Vaccination in Bombay 1889-1901 - 1889-1901
Year: 1889
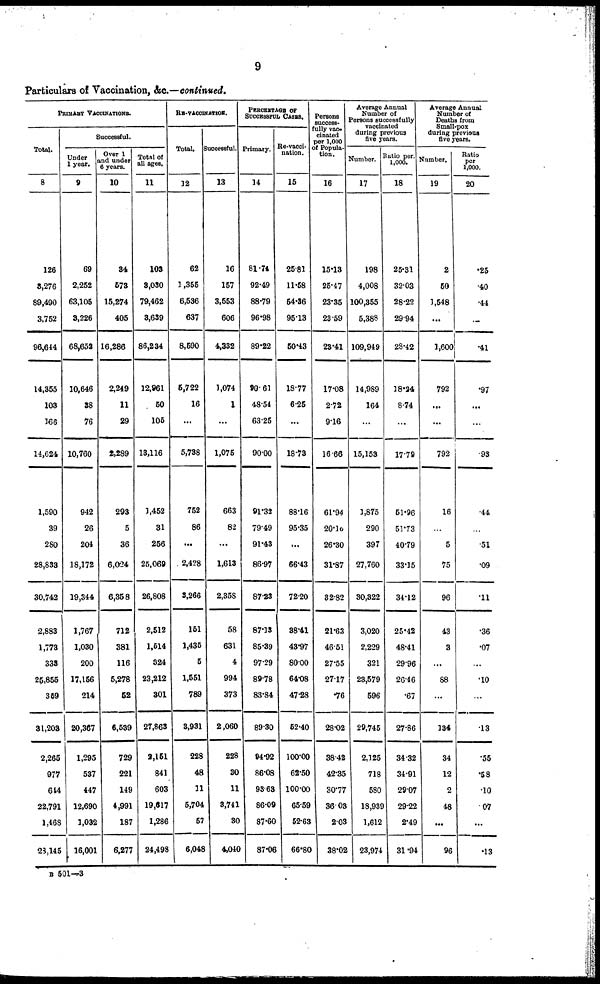
9
Particulars of Vaccination, &c.—continued.
PRIMARY VACCINATIONS.
Total.
8
126
5,276
89,490
3,752
96,644
14,355
103
166
14,624
1,590
39
280
28,833
30,742
2,883
1,773
333
25,855
359
31,203
2,265
977
644
22,791
1,468
23,145
Successful.
Under
1 year.
9
69
2,252
63,105
3,226
68,652
10,646
38
76
10,760
942
26
204
18,172
19,344
1,767
1,030
200
17,156
214
20,367
1,295
537
447
12,690
1,032
16,001
Over 1
and under
6 years.
10
84
573
15,274
405
16,286
2,249
11
29
2,289
293
5
36
6,024
6,358
712
381
116
5,278
62
6,539
729
221
149
4,991
187
6,277
Total of
all ages.
11
103
3,030
79,462
3,639
86,234
12,961
50
105
13,116
1,452
31
256
25,069
26,808
2,512
1,514
324
23,212
301
27,863
2,151
841
603
19,617
1,286
24,493
RE-VACCINATION.
Total.
12
62
1,355
6,536
637
8,590
5,722
16
...
5,738
752
86
...
2,428
3,266
151
1,435
5
1,551
789
3,931
228
48
11
5,704
57
6,048
Successful.
13
16
157
3,553
606
4,332
1,074
1
...
1,075
663
82
...
1,613
2,358
58
631
4
994
373
2,060
228
30
11
3,741
30
4,040
PERCENTAGE OF
SUCCESSFUL CASES.
Primary.
14
81.74
92.49
88.79
96.98
89.22
90.61
48.54
63.25
90.00
91.32
79.49
91.43
86.97
87.23
87.13
85.39
97.29
89.78
83.84
89.30
94.92
86.08
93.63
86.09
87.60
87.06
Re-vacci-
nation.
15
25.81
11.58
54.36
95.13
50.43
18.77
6.25
...
18.73
88.16
95.35
...
66.43
72.20
38.41
43.97
80.00
64.08
47.28
52.40
100.00
62.50
100.00
65.59
52.63
66.80
Persons
success¬
fully vac¬
cinated
per 1,000
of Popula-
tion.
16
15.13
25.47
23.35
23.59
23.41
17.08
2.72
9.16
16.66
61.94
20.18
26.30
31.87
32.82
21.63
46.51
27.55
27.17
.76
28.02
38.42
42.35
30.77
36.03
2.03
38.02
Average Annual
Number of
Persons successfully
vaccinated
during previous
five years.
Number.
17
198
4,008
100,355
5,388
109,949
14,989
164
...
15,153
1,875
290
397
27,760
30,322
3,020
2,229
321
23,579
596
29,745
2,125
718
580
18,939
1,612
23,974
Ratio per
1,000.
18
25.31
32.03
28.22
29.94
28.42
18.24
8.74
...
17.79
51.96
51.73
40.79
33.15
34.12
25.42
48.41
29.96
26.46
.67
27.86
34.32
34.91
29.07
29.22
2.49
31.94
Average Annual
Number of
Deaths from
Small-pox
during previous
five years.
Number.
19
2
50
1,548
...
1,600
792
...
...
792
16
...
5
75
96
43
3
...
88
...
134
34
12
2
48
...
96
Ratio
per
1,000.
20
.25
.40
.44
...
.41
.97
...
...
.93
.44
...
.51
.09
.11
.36
.07
...
.10
...
.13
.55
.58
.10
.07
...
.13
B 501—3